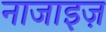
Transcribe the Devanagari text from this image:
नाजाइज़